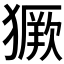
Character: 𱮥